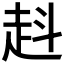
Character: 𧺯